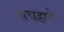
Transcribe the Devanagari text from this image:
सेचहावे